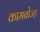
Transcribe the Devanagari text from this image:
कामबोज्ह